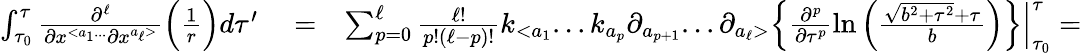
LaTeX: \begin{array}{rlr}{\int_{\tau_{0}}^{\tau}\frac{\partial^{\ell}}{\partial x^{<a_{1}...}\partial x^{a_{\ell}>}}\Big(\frac{1}{r}\Big)d\tau^{\prime}}&{{}=}&{\sum_{p=0}^{\ell}\frac{\ell!}{p!(\ell-p)!}k_{<a_{1}}...k_{a_{p}}\partial_{a_{p+1}}...\partial_{a_{\ell}>}\Big\{ \frac{\partial^{p}}{\partial\tau^{p}}\ln\Big(\frac{\sqrt{b^{2}+\tau^{2}}+\tau}{b}\Big)\Big\} \Big|_{\tau_{0}}^{\tau}=}\end{array}